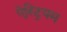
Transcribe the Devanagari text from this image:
ऐस्ट्रियम